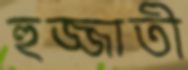
হুজ্জাতী